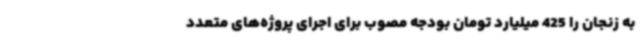
به زنجان را 425 میلیارد تومان بودجه مصوب برای اجرای پروژه‌های متعدد